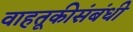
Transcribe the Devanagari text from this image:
वाहतूकीसंबंधी